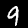
Label: 9